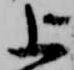
上